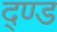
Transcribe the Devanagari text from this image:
द्ण्ड